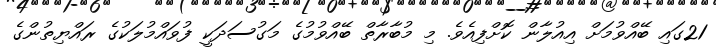
21ގައި ބޭއްވުމަށް އިއުލާން ކޮށްފިއެވެ. މި މުބާރާތް ބޭއްވުމުގެ މަގުސަދަކީ ފުވައްމުލަކުގެ ރައްޔިތުންގެ